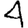
Digit: 4